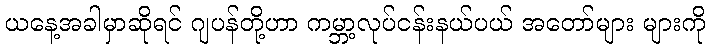
ယနေ့အခါမှာဆိုရင် ဂျပန်တို့ဟာ ကမ္ဘာ့လုပ်ငန်းနယ်ပယ် အတော်များ များကို